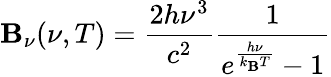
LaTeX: \mathbf{B}_{\nu}(\nu,T)={\frac{{2h\nu^{3}}}{{c^{2}}}}{\frac{{1}}{{e^{\frac{{h\nu}}{{k_{\mathrm{{\mathbf{B}}}}T}}}-1}}}